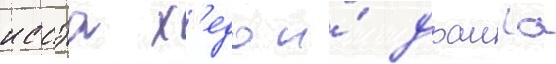
иссэа х'едо и́ драига